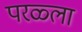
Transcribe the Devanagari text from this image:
परळ्ला